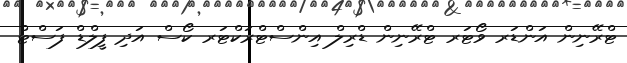
ޓްރޭނިން އަންޑަރ ވޯޓަރ ޓްރޭނިން ޑްރިލް އިންސްޓްރަކްޓަރ ކޯސް އަދި ފީލްޑް ފަސްޓް